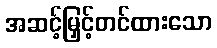
အဆင့်မြှင့်တင်ထားသော